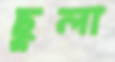
ছুলা